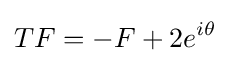
\displaystyle {TF=-F+2e^{i\theta }}